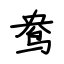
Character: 鸯